Vaccination in the Punjab 1905-1918 - 1905-1918
Year: 1905
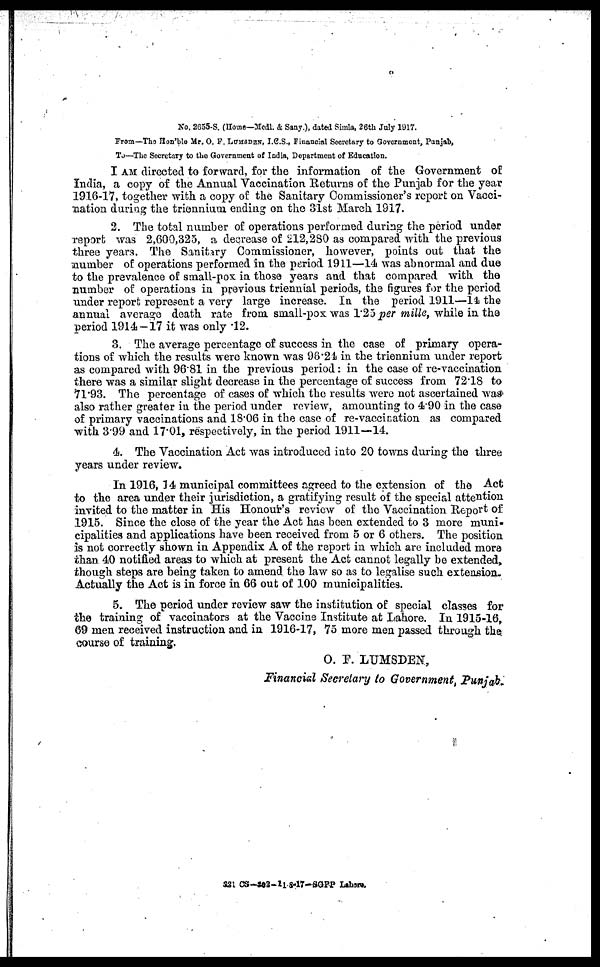
No. 2655-S. (Home—Medl. & Sany.), dated Simla, 26th July 1917.
From—The Hon'ble Mr. O. F. LUMBDEN, I.C.S., Financial Secretary to Government, Punjab,
To—The Secretary to the Government of India, Department of Education.
I AM directed to forward, for the information of the Government of
India, a copy of the Annual Vaccination Returns of the Punjab for the year
1916-17, together with a copy of the Sanitary Commissioner's report on Vacci-
nation during the triennium ending on the 31st March 1917.
2. The total number of operations performed during the period under
report was 2,600,325, a decrease of 212,280 as compared with the previous
three years. The Sanitary Commissioner, however, points out that the
number of operations performed in the period 1911—14 was abnormal and due
to the prevalence of small-pox in those years and that compared with the
number of operations in previous triennial periods, the figures for the period
under report represent a very large increase. In the period 1911—14 the
annual average death rate from small-pox was 1.25 per mille, while in the
period 1914 — 17 it was only 12.
3. The average percentage of success in the case of primary opera-
tions of which the results were known was 96.24 in the triennium under report
as compared with 96.81 in the previous period: in the case of re-vaccination
there was a similar slight decrease in the percentage of success from 72.18 to
71.93. The percentage of cases of which the results were not ascertained was
also rather greater in the period under review, amounting to 4.90 in the case
of primary vaccinations and 18.06 in the case of re-vaccination as compared
with 3.99 and 17.01, respectively, in the period 1911—14.
4. The Vaccination Act was introduced into 20 towns during the three
years under review.
In 1916, 14 municipal committees agreed to the extension of the Act
to the area under their jurisdiction, a gratifying result of the special attention
invited to the matter in His Honour's review of the Vaccination Report of
1915. Since the close of the year the Act has been extended to 3 more muni-
cipalities and applications have been received from 5 or 6 others. The position
is not correctly shown in Appendix A of the report in which are included more
than 40 notified areas to which at present the Act cannot legally be extended,
though steps are being taken to amend the law so as to legalise such extension.
Actually the Act is in force in 66 out of 100 municipalities.
5. The period under review saw the institution of special classes for
the training of vaccinators at the Vaccine Institute at Lahore. In 1915-16,
69 men received instruction and in 1916-17, 75 more men passed through the
course of training.
O. F. LUMSDEN,
Financial Secretary to Government, Punjab.
321 CS-302-11-8-17-SGPP Lahore.